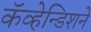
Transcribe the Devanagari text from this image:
कॅव्हेन्डिशने